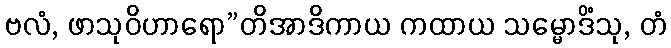
ဗလံ, ဖာသုဝိဟာရော”တိအာဒိကာယ ကထာယ သမ္မောဒိံသု, တံ